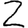
Digit: 2